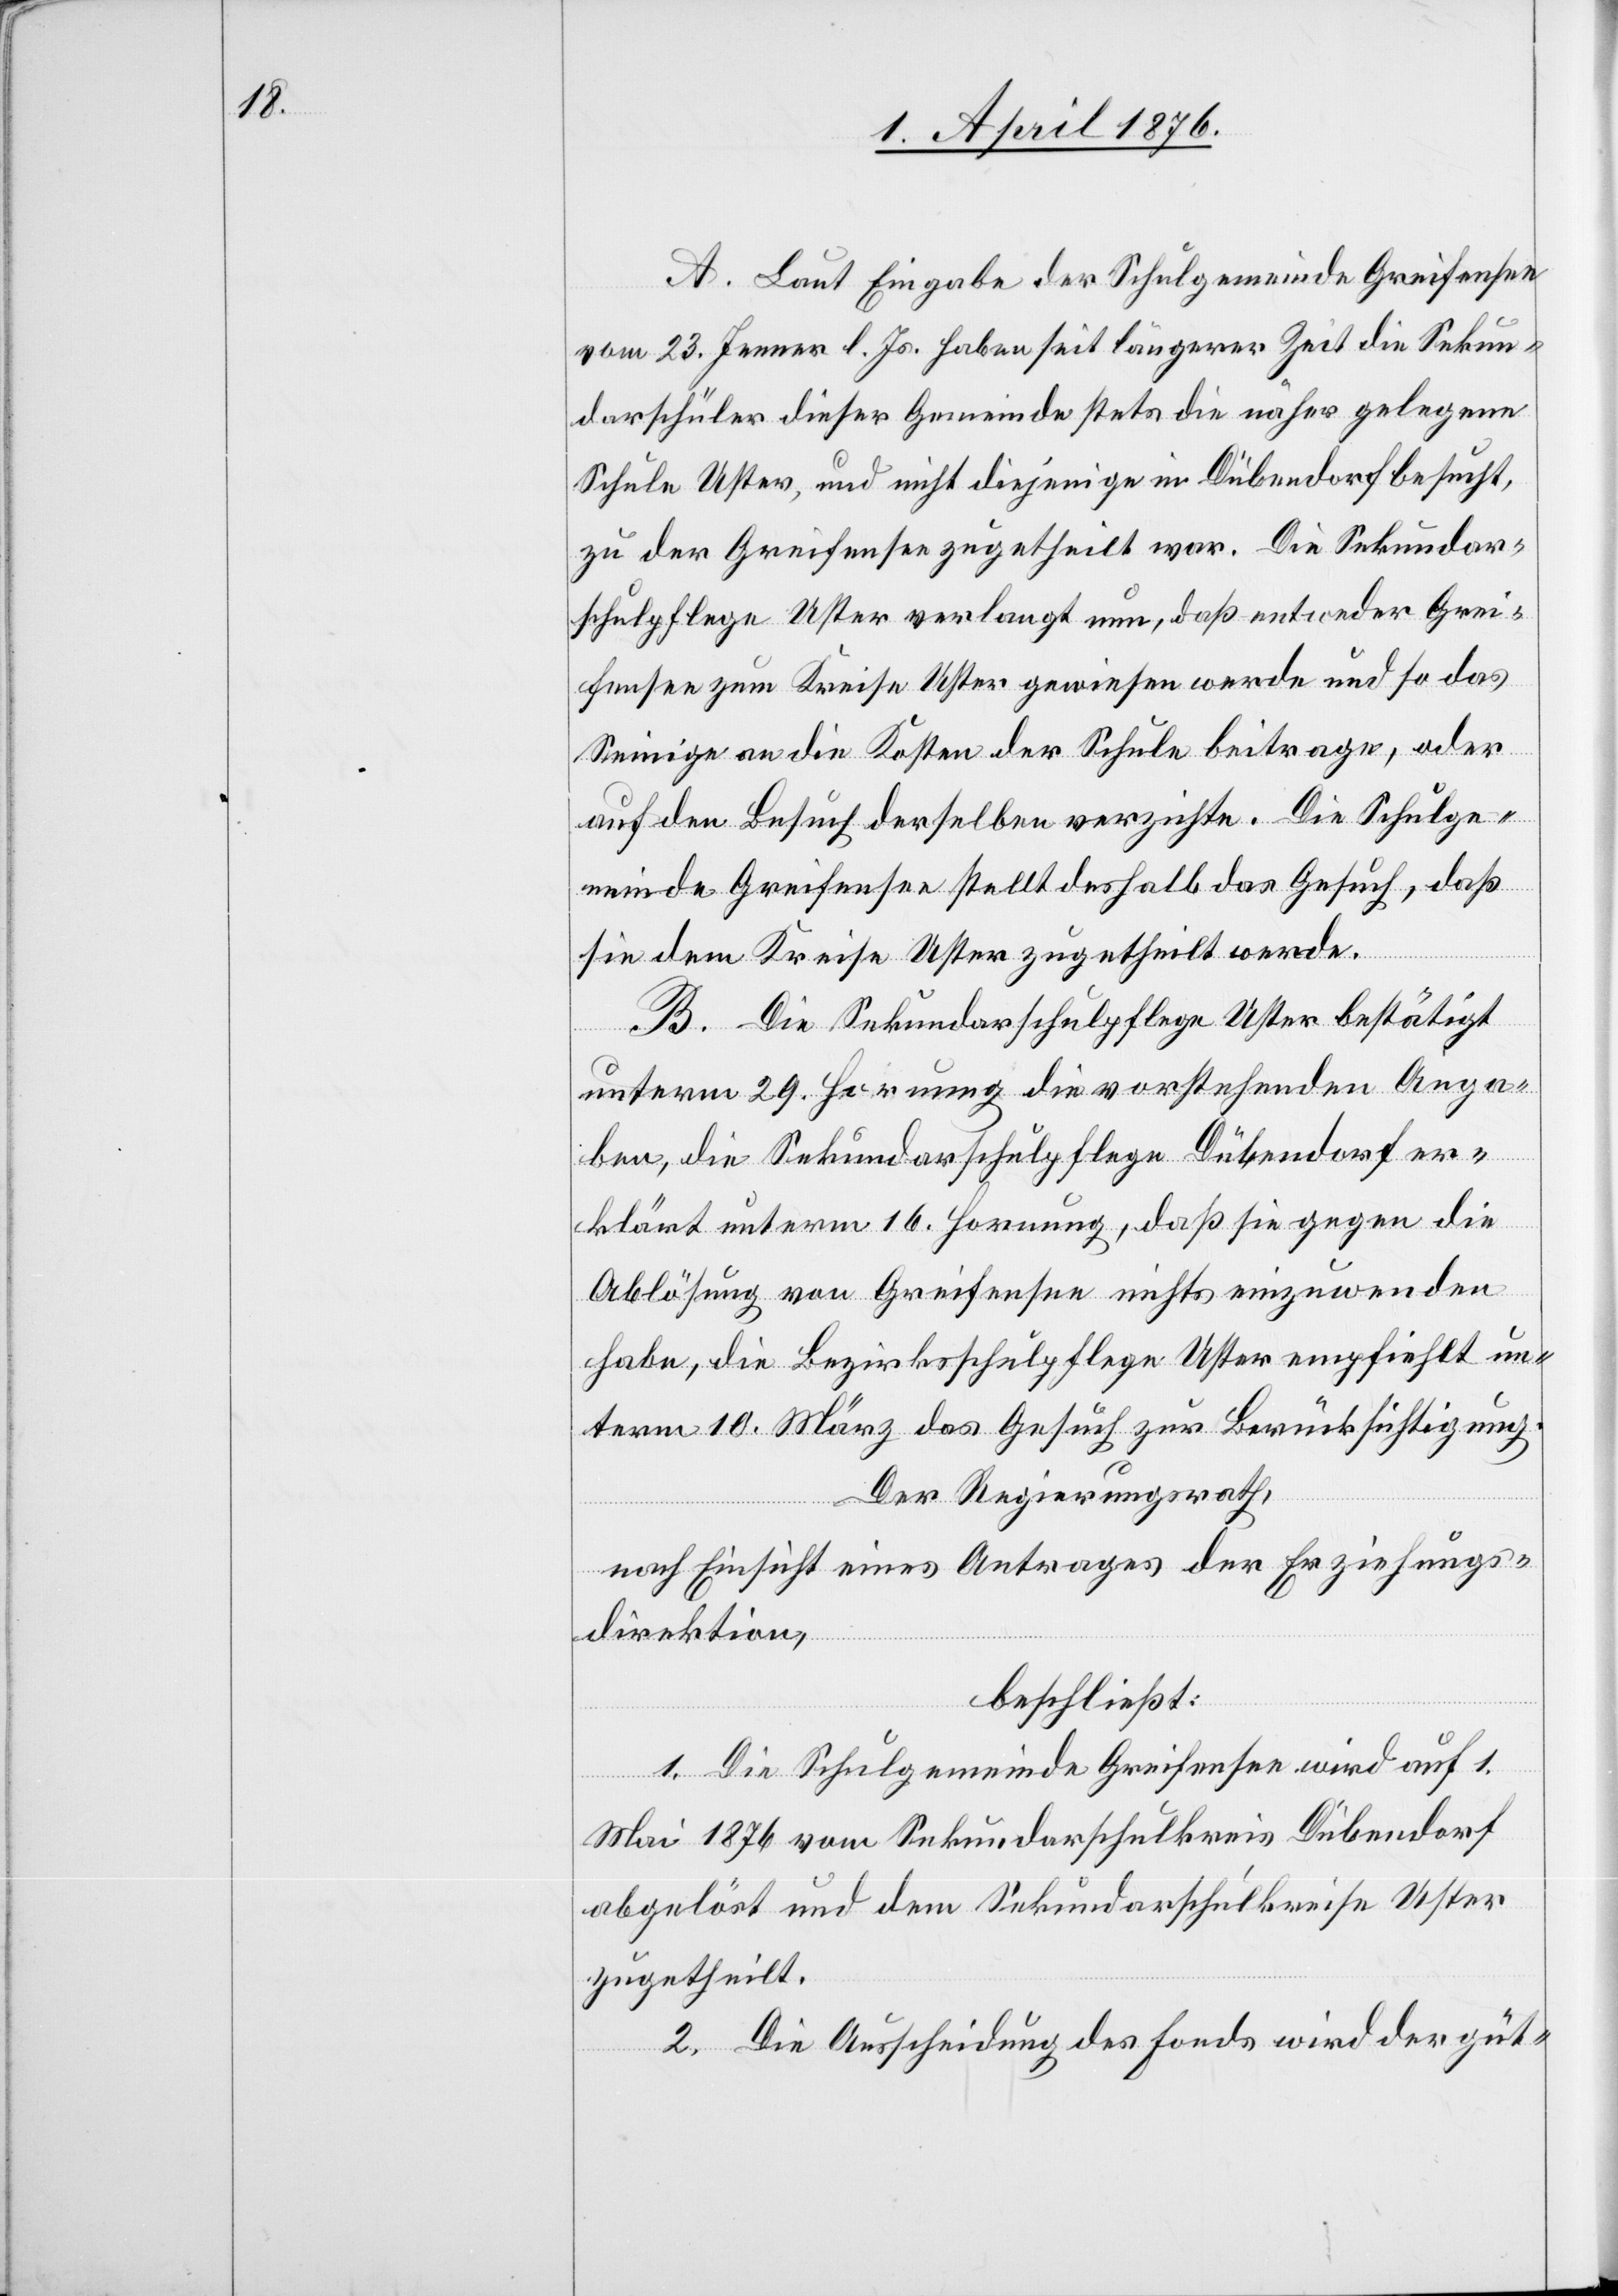
A. Laut Eingabe der Schulgemeinde Greifensee
vom 23. Jenner l. Js. haben seit längerer Zeit die Sekun¬
darschüler dieser Gemeinde stets die näher gelegene
Schule Uster, und nicht diejenige in Dübendorf besucht,
zu der Greifensee zugetheilt war. Die Sekundar¬
schulpflege Uster verlangt nun, daß entweder Grei¬
fensee zum Kreise Uster gewiesen werde und so das
Seinige an die Kosten der Schule beitrage, oder
auf den Besuch derselben verzichte. Die Schulge¬
meinde Greifensee stellt deshalb das Gesuch, daß
sie dem Kreise Uster zugetheilt werde.
B. Die Sekundarschulpflege Uster bestätigt
unterm 29. Hornung die vorstehenden Anga¬
ben die Sekundarschulpflege Dübendorf er¬
klärt unterm 16. Hornung, daß sie gegen die
Ablösung von Greifensee nichts einzuwenden
habe, die Bezirksschulpflege Uster empfiehlt un¬
term 10. März das Gesuch zur Berücksichtigung.
Der Regierungsrath,
nach Einsicht eines Antrages der Erziehungs¬
direktion,
beschließt:
1. Die Schulgemeinde Greifensee wird auf 1.
Mai 1876 vom Sekundarschulkreis Dübendorf
abgelöst und dem Sekundarschulkreise Uster
zugetheilt.
2. Die Ausscheidung des Fonds wird der güt-